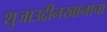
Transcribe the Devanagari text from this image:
शुजाउद्दीनखानाचा